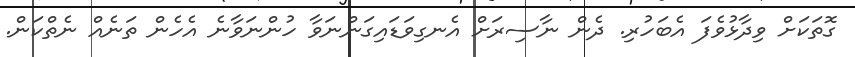
ގޮތަކަށް ވިދާޅުވެފަ އެބަހުރި. ދެން ނާސިރަށް އެނގިވަޑައިގަންނަވާ ހުންނަވާނެ އެހެން ތަނެއް ނެތްކަން.